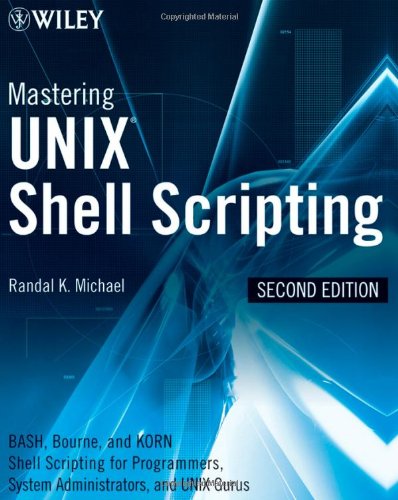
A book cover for Mastering Unix Shell Scripting: Bash, Bourne, and Korn Shell Scripting for Programmers, System Administrators, and UNIX Gurus; Randal K. Michael; Computers & Technology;